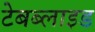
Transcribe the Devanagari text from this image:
टेबब्लाइड